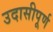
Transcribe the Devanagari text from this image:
उदासीपूर्ण